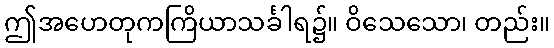
ဤအဟေတုကကြိယာသင်္ခါရ၌။ ဝိသေသော၊ တည်း။